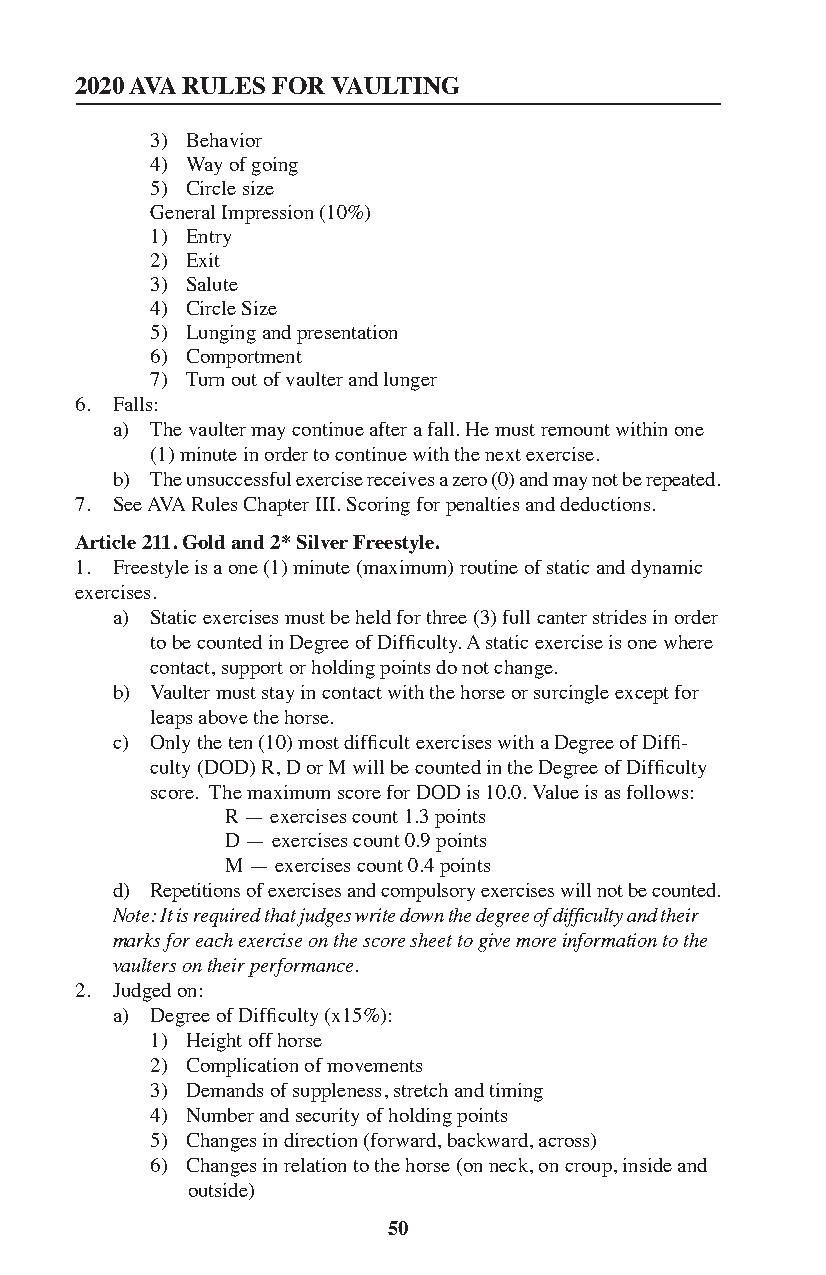
2020 AVA RULES FOR VAULTING
 3) Behavior
 4) Way of going
 5) Circle size
 General Impression (10%)
 1) Entry
 2) Exit
 3) Salute
 4) Circle Size
 5) Lunging and presentation
 6) Comportment
 7) Turn out of vaulter and lunger
 6. Falls:
 a) The vaulter may continue after a fall. He must remount within one
 (1) minute in order to continue with the next exercise.
 b) The unsuccessful exercise receives a zero (0) and may not be repeated.
 7. See AVA Rules Chapter III. Scoring for penalties and deductions.
 Article 211. Gold and 2* Silver Freestyle.
 1. Freestyle is a one (1) minute (maximum) routine of static and dynamic
 exercises.
 a) Static exercises must be held for three (3) full canter strides in order
 to be counted in Degree of Difficulty. A static exercise is one where
 contact, support or holding points do not change.
 b) Vaulter must stay in contact with the horse or surcingle except for
 leaps above the horse.
 c) Only the ten (10) most difficult exercises with a Degree of Diffi-
 culty (DOD) R, D or M will be counted in the Degree of Difficulty
 score. The maximum score for DOD is 10.0. Value is as follows:
 R — exercises count 1.3 points
 D — exercises count 0.9 points
 M — exercises count 0.4 points
 d) Repetitions of exercises and compulsory exercises will not be counted.
 Note: It is required that judges write down the degree of difficulty and their
 marks for each exercise on the score sheet to give more information to the
 vaulters on their performance.
 2. Judged on:
 a) Degree of Difficulty (x15%):
 1) Height off horse
 2) Complication of movements
 3) Demands of suppleness, stretch and timing
 4) Number and security of holding points
 5) Changes in direction (forward, backward, across)
 6) Changes in relation to the horse (on neck, on croup, inside and
 outside)
 50